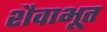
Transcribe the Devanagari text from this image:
शैवाभूत